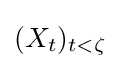
(X_{t})_{t<\zeta }